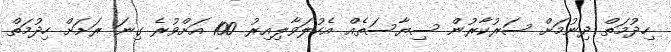
ހިދުމަތް ދިނުމަށް ސަރުކާރުން ސިޔާސަތެއް އެކުލަވާލިއިރު 100 އަށްވުރެ ގިނަ ރަށަށް ހިދުމަތް